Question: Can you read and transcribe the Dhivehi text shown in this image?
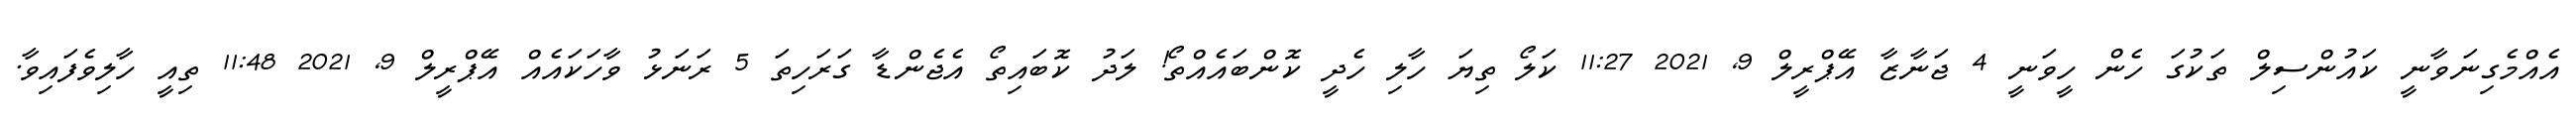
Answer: އެއްމެގިނަވާނީ ކައުންސިލް ތަކުގަ ހެން ހީވަނީ 4 ޖަނާޒާ އޭޕްރީލް 9, 2021 11:27 ކަލޯ ތިޔަ ހާލި ހެދީ ކޮންބައެއްތޯ! ލަދު ކޮބައިތޯ އެޖެންޑާ ގަރަހިތަ 5 ރަނަޅު ވާހަކައެއް އޭޕްރީލް 9, 2021 11:48 ތިއީ ހާލިވެފައިވާ.